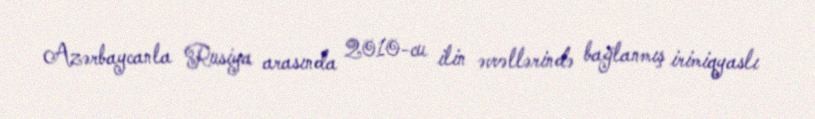
Azərbaycanla Rusiya arasında 2010-cu ilin əvvəllərində bağlanmış irimiqyaslı